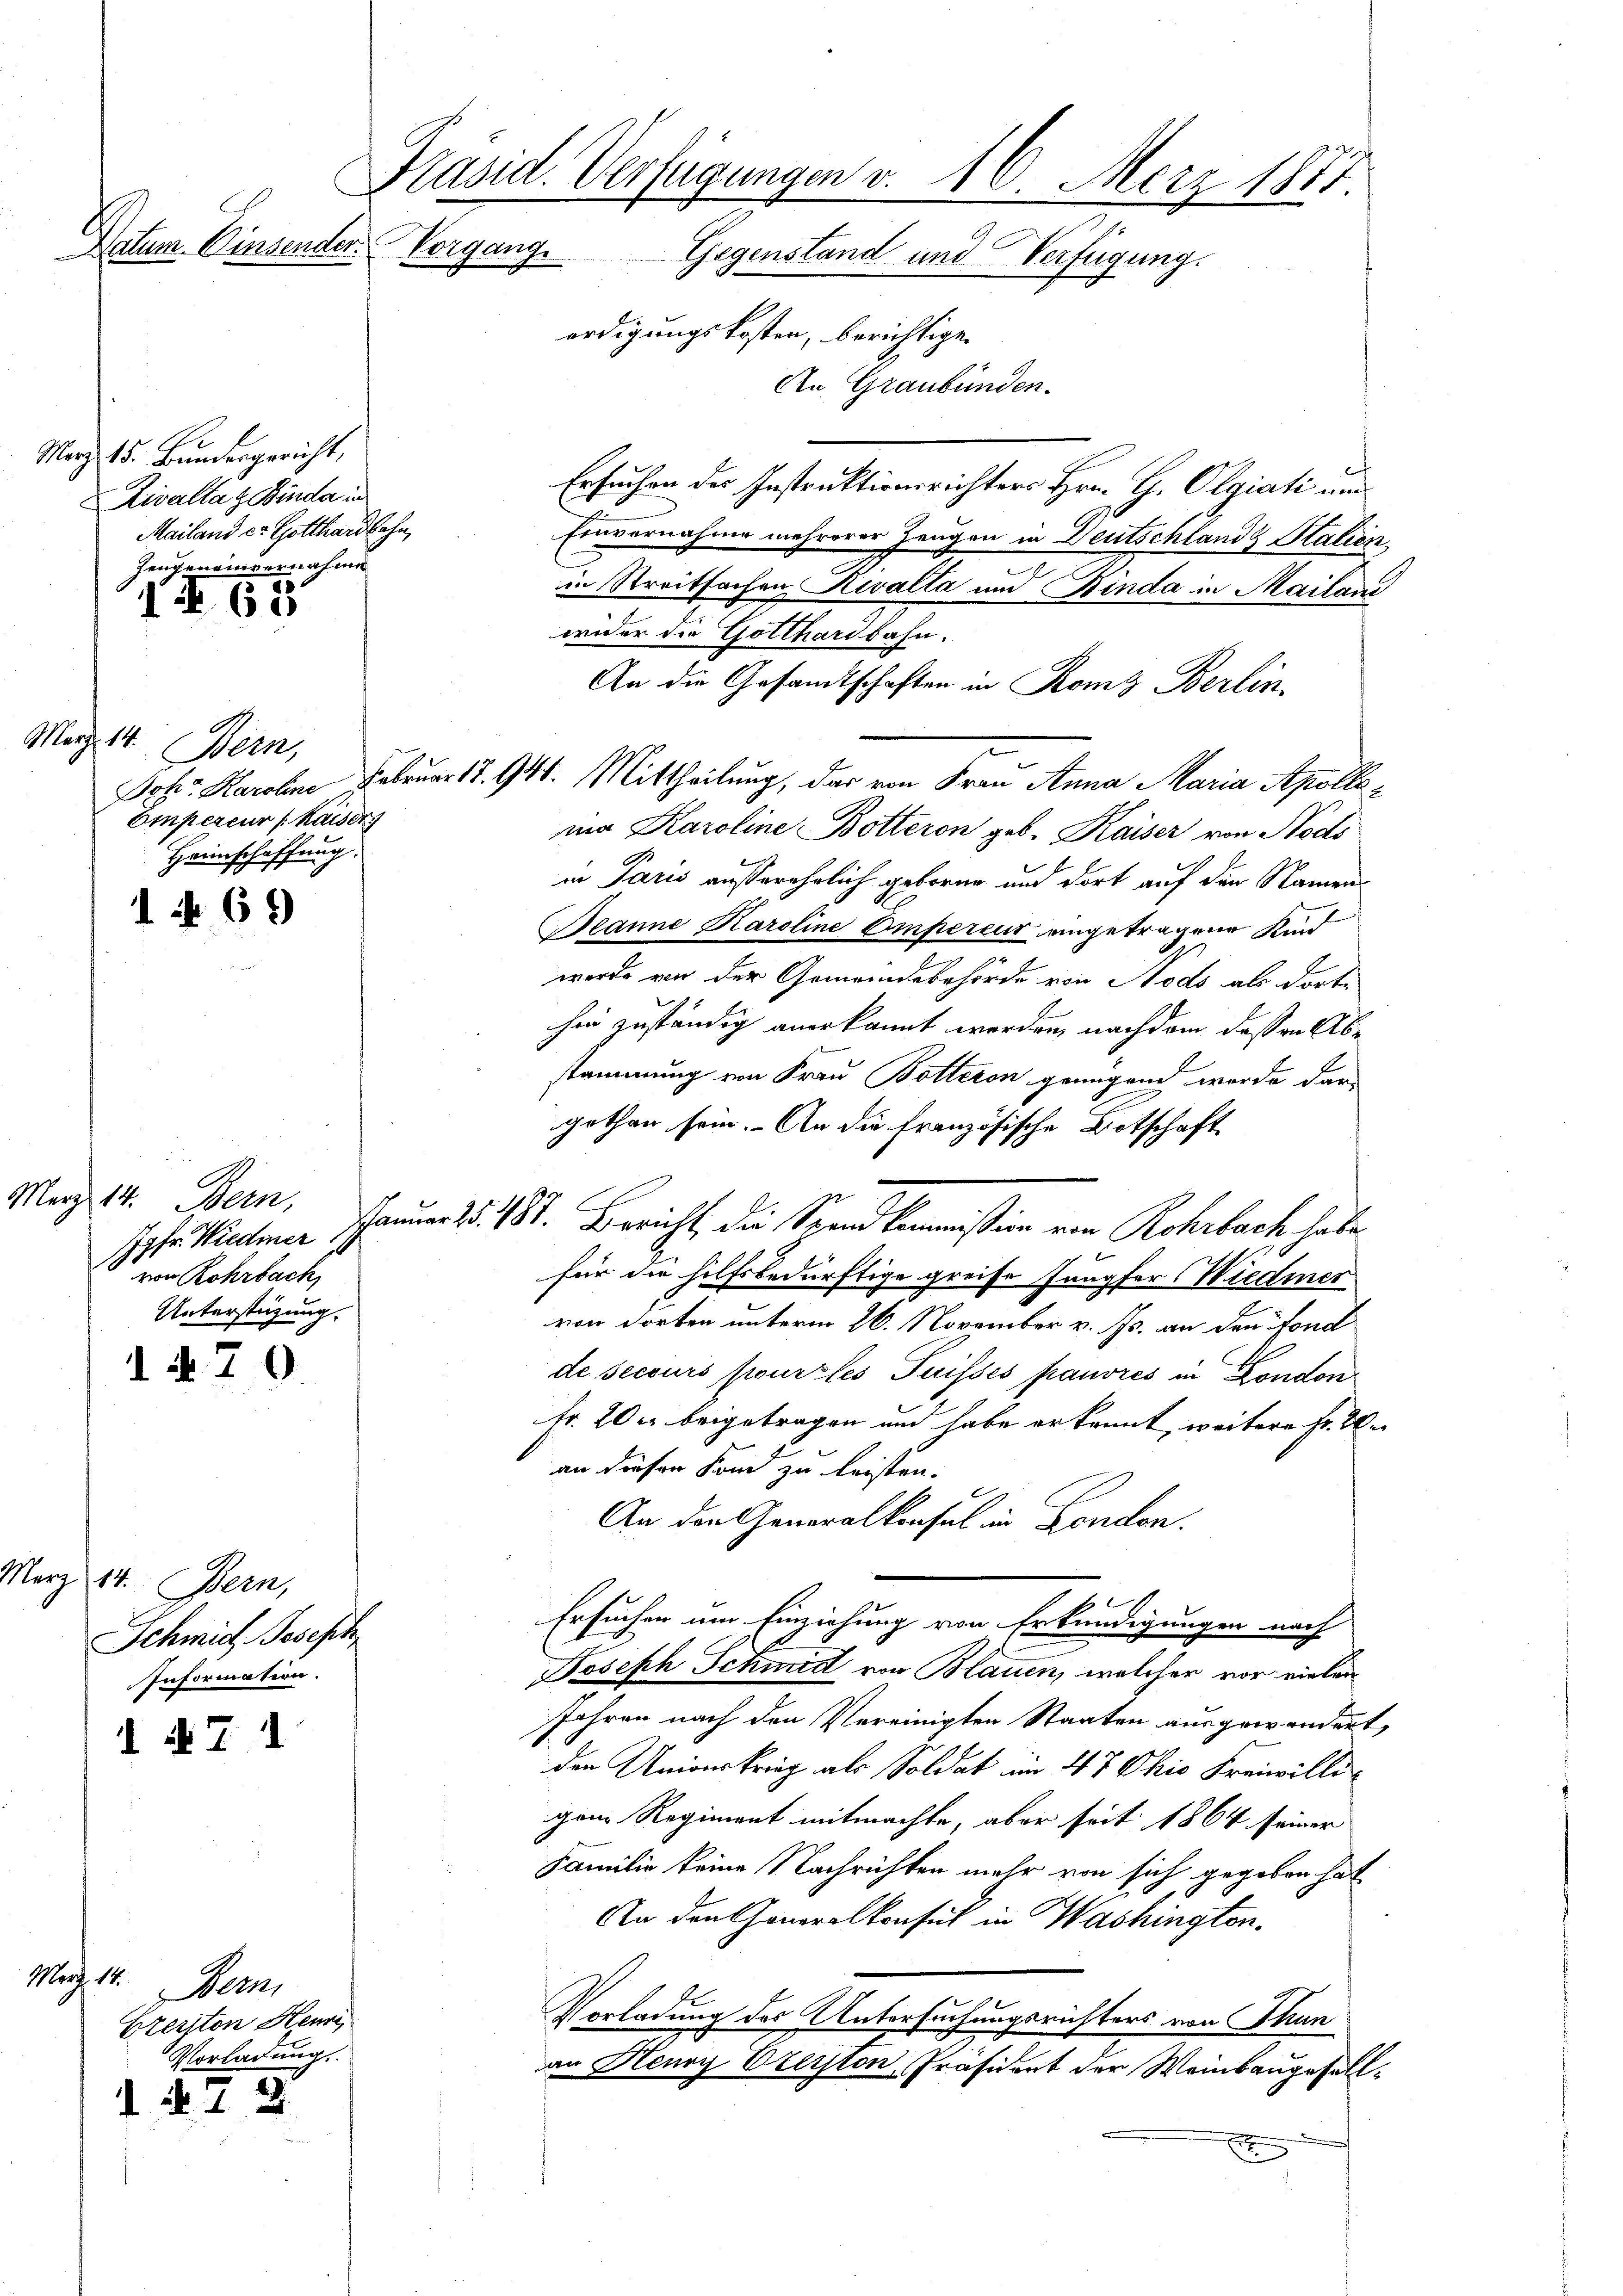
Präsid. Verfügungen v. 16. Merz 1877.
Natum Einsender Vorgang
Gegenstand und Verfügung.
erdigungskosten, berichtige.
An Graubünden.

Ersuchen des Instruktionsrichters Hrn. G. Olgiati und
Einvernahme mehrerer Zeugen in Deutschlands Stalien,
in Streitsachen Rivalta und Binda in Mailand
wider die Gotthardbahn.
An die Gesandtschaften in Roms Berlin
Jchr. Karoline Februar 1894. Mittheilung, das von Frau Anna Maria Apolloma Karoline Botteron geb. Kaiser von Nods
in Paris ausserehrlich geboren und dort auf den Namen¬
Beanne Karoline Empereur eingetragene Kind
werde von der Gemeindebehörde von Nodo als dorte
hen zuständig anerkannt werden, nachdem dessen Abstammung von Frau Botteron genügend werde dargethan sein. An die französische Botschaft
Joh. Wieder Januar d. 181. Bericht, die Spandkommission von Rohrbach habe
für die hilfsbedürftige greife Jungfer Wiedmer
von dorten unterm 26. November v. Js. an den Fond
de secours pour les Puisses pauvres in London
Fr. 20 u. beigetragen und habe erkannt, weitere Fr. 2
an diesen Fond zu leisten.
An den Generalkonsul in London.
Ersuchen um Einziehung von Erkundigungen nach
Joseph Schmid von Blauen, welcher vor vielen
Jahren nach den Vereinigten Staaten ausgewandert,
den Unionskrieg als Soldat im 47 Ohio Freiwilligem Regiment mitmachte, aber seit 1864 seiner
Familie keine Nachrichten mehr von sich gegeben hat
An den Generalkonsul in Washington.
Vorladung des Untersuchungsrichters von Thun
an Heury Oberston, Präsident der Weinbaugesell¬
.

Merz 15. Bŭndesgericht,
Rivaltat Binde in
Mailand er Gotthardbahn,
Zeugeneinvernahme

1268

März 14.

Mei
Empereur (Kaiser
Haunschaffung.

1 No 69

Merz 14. Bern,
von Rohrbach,
Unterstüzung.

1470

März 14. Bern,
Schmid, Joseph
Information.
d N. Z. 1

Merz 18.
Ber
Ezerston Henri,
Vorladung.
 N. 12